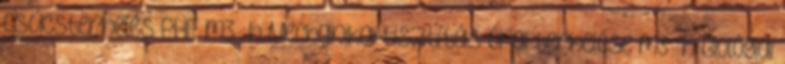
csúcsterhelés PHF m3 h Mechanikai tisztítás órai terhelése m3 h Biológiai